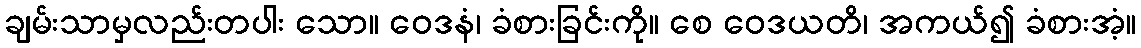
ချမ်းသာမှလည်းတပါး သော။ ဝေဒနံ၊ ခံစားခြင်းကို။ စေ ဝေဒယတိ၊ အကယ်၍ ခံစားအံ့။